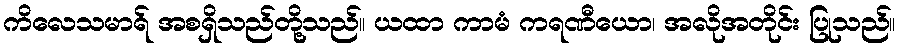
ကိလေသမာရ် အစရှိသည်တို့သည်။ ယထာ ကာမံ ကရဏီယော၊ အလိုအတိုင်း ပြုသည်။